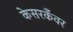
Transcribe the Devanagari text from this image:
केसरकँवर